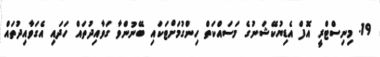
19. މިނިސްޓްރީ އޮފް އެޑިޔުކޭޝަނުގެ މަސައްކަތް ހިންގުމަށްޓަކައި ބޭނުންވާ ގަވާއިދުތައް ހަދައި އެގަވާއިދުތައް